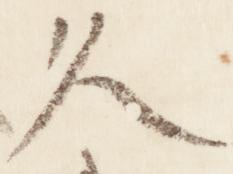
久